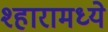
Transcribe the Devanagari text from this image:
श्हारामध्ये